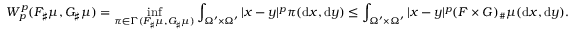
W _ { p } ^ { p } ( F _ { \sharp } \mu , G _ { \sharp } \mu ) = \operatorname* { i n f } _ { \pi \in \Gamma ( F _ { \sharp } \mu , G _ { \sharp } \mu ) } \int _ { \Omega ^ { \prime } \times \Omega ^ { \prime } } | x - y | ^ { p } \pi ( \mathrm { d } x , \mathrm { d } y ) \leq \int _ { \Omega ^ { \prime } \times \Omega ^ { \prime } } | x - y | ^ { p } ( F \times G ) _ { \# } \mu ( \mathrm { d } x , \mathrm { d } y ) .